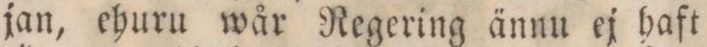
jan, ehuru wår Regering ännu ej haft